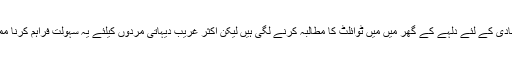
دیہاتی لڑکیاں شادی کے لئے دلہے کے گھر میں میں ٹوائلٹ کا مطالبہ کرنے لگی ہیں لیکن اکثر غریب دیہاتی مردوں کیلئے یہ سہولت فراہم کرنا ممکن نہیں ہو پاتا۔